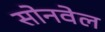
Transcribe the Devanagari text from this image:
सोनवेल